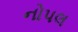
નોપલ